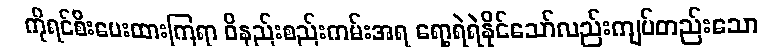
ကိုရင်စီးပေးထားကြရာ ဝိနည်းစည်းကမ်းအရ ရော့ရဲရဲနိုင်သော်လည်းကျပ်တည်းသော